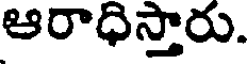
ఆరాధిస్తారు.